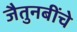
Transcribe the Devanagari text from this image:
जैतुनबींचे